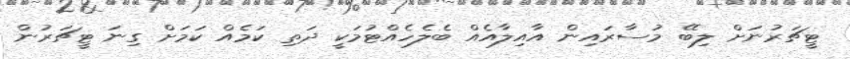
ޓީޗަރުނަށް ލިބޭ މުސާރައިން އާއިލާއެއް ބެލެެހެއްޓުމަކީ ދަތި ކަމެއް ކަމަށް ގިނަ ޓީޗަރުން